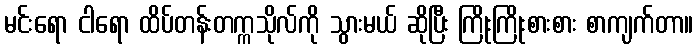
မင်းရော ငါရော ထိပ်တန်းတက္ကသိုလ်ကို သွားမယ် ဆိုပြီး ကြိုးကြိုးစားစား စာကျက်တာ။